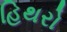
હિથરો